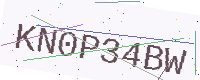
Text: KN0P34BW